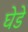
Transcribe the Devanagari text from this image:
घेडे